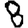
Digit: 8